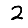
Digit: 2